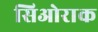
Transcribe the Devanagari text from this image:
सिओराक